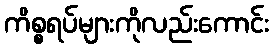
ကိစ္စရပ်များကိုလည်းကောင်း